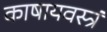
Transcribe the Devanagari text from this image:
काषायवस्त्रं